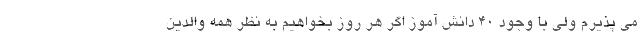
می پذیرم ولی با وجود ۴۰ دانش آموز اگر هر روز بخواهیم به نظر همه والدین